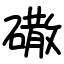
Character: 䃟